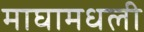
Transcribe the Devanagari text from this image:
माघामधली